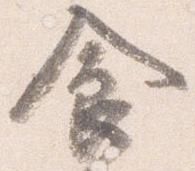
食